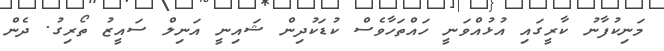
މަނިކުފާނު ކާރީގައި އުޅުއްވަނީ ހައްތަހާވެސް ކުޑަކުދިން ޝައިނީ އަނިލް ސައީޒު ތޯރިގު. ދެން